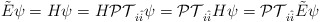
\begin{align*}\tilde{E}\psi=H\psi=H\mathcal{PT}_{i\hat{i}}\psi=\mathcal{PT}_{i\hat{i}}H\psi=\mathcal{PT}_{i\hat{i}}\tilde{E}\psi\end{align*}